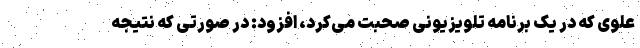
علوی که در یک برنامه تلویزیونی صحبت می‌کرد، افزود: در صورتی که نتیجه